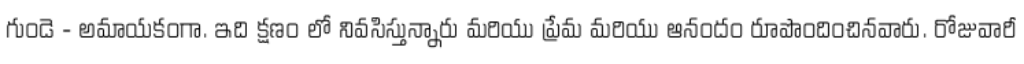
గుండె - అమాయకంగా. ఇది క్షణం లో నివసిస్తున్నారు మరియు ప్రేమ మరియు ఆనందం రూపొందించినవారు. రోజువారీ